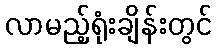
လာမည့်ရုံးချိန်းတွင်